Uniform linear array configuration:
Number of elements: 24
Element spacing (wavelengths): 0.75
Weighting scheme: hann
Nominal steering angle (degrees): -60
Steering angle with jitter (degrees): -60.946
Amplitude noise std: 0.05
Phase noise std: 0.05

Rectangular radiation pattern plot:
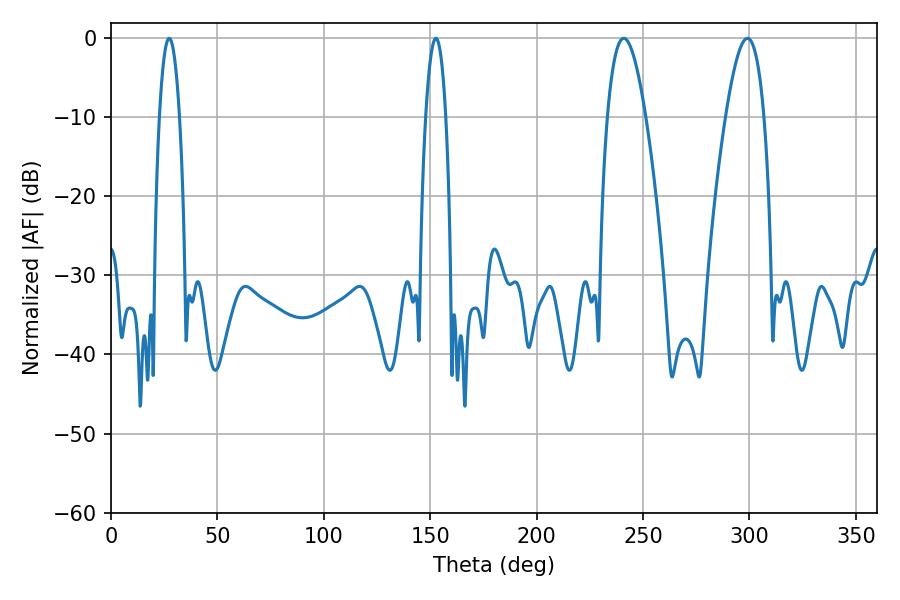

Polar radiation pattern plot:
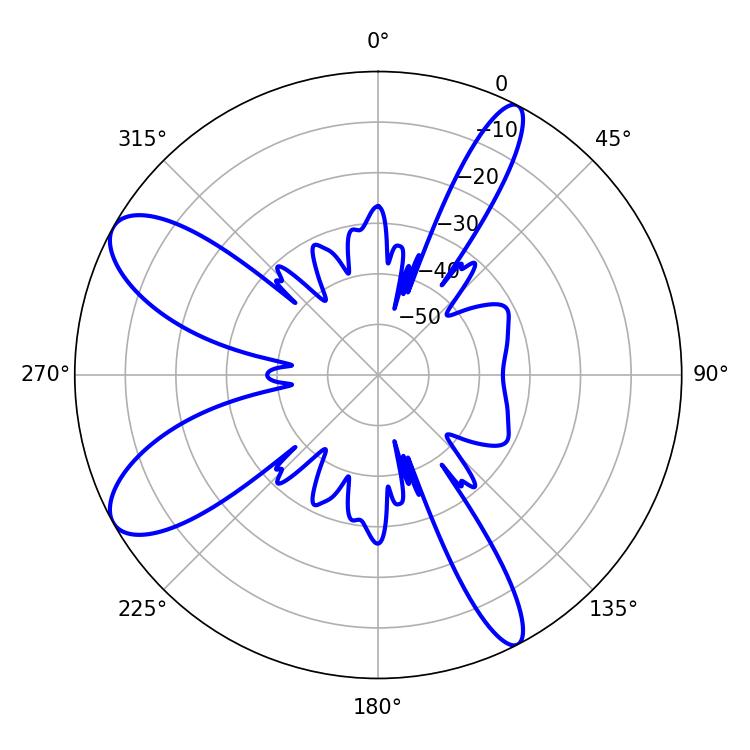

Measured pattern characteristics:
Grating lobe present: TRUE
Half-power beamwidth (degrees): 5.22
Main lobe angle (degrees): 27.36